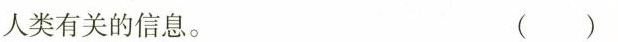
人类有关的信息。 ( )